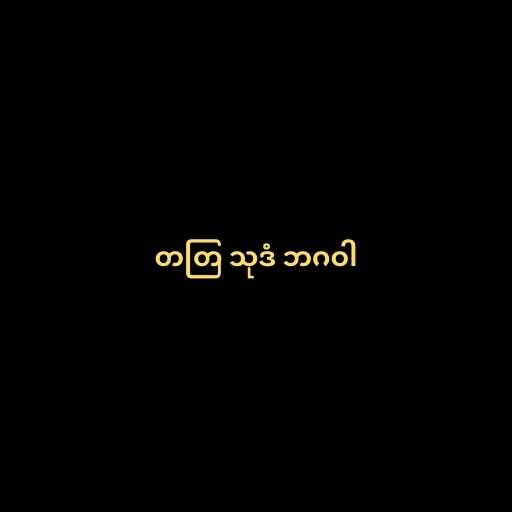
တတြ သုဒံ ဘဂဝါ